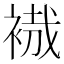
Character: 𧚶